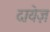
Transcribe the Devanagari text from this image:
दायेज़